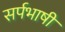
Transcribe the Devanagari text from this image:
सर्पभाषी